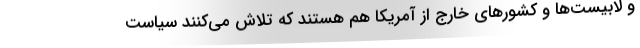
و لابیست‌ها و کشورهای خارج از آمریکا هم هستند که تلاش می‌کنند سیاست